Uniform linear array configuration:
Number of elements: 8
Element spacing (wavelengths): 1
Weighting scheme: exponential
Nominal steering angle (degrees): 0
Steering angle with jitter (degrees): -0.4424
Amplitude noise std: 0.05
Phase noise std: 0.05

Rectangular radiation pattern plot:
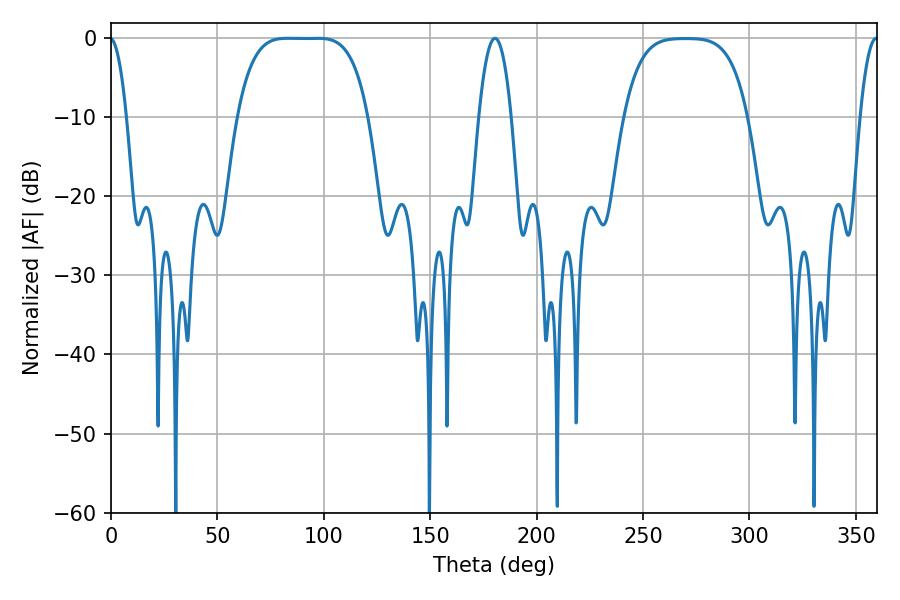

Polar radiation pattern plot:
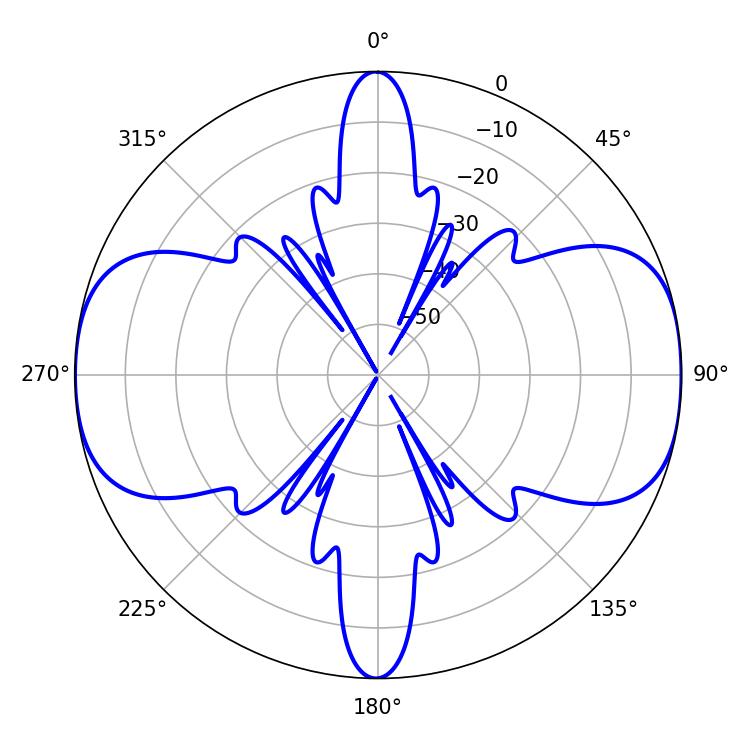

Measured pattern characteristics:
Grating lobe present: TRUE
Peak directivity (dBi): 14.036
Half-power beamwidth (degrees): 46.8
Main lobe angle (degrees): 82.98